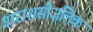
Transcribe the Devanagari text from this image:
गाराशसीज़लिक